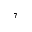
^ 7